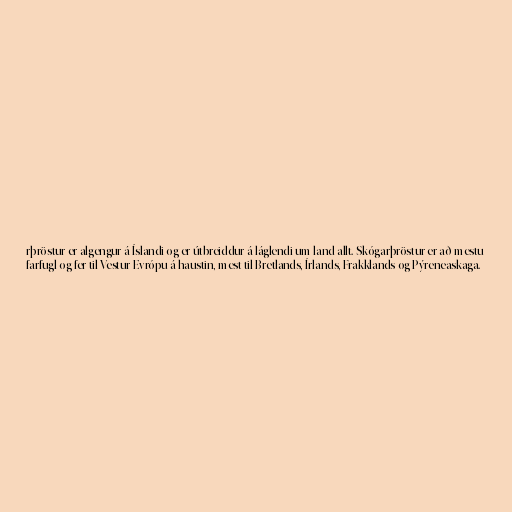
rþröstur er algengur á Íslandi og er útbreiddur á láglendi um land allt. Skógarþröstur er að mestu
farfugl og fer til Vestur-Evrópu á haustin, mest til Bretlands, Írlands, Frakklands og Pýreneaskaga.